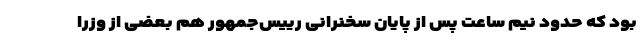
بود که حدود نیم ساعت پس از پایان سخنرانی رییس‌جمهور هم بعضی از وزرا